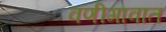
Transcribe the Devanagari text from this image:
वणीगावात